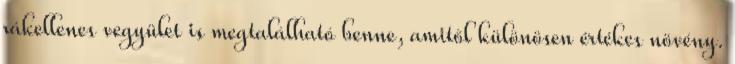
rákellenes vegyület is megtalálható benne, amitől különösen értékes növény.